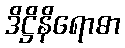
ဒိဋ္ဌိနိရောဓာ